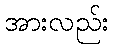
အားလည်း